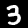
Digit: 3